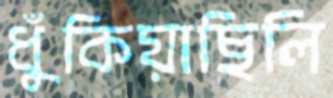
ধুঁকিয়াছিলি